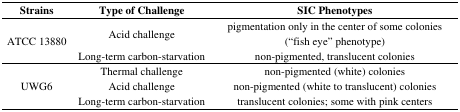
<table><thead><tr><td><b>Strains</b></td><td><b>Type of Challenge</b></td><td><b>SIC Phenotypes</b></td></tr></thead><tbody><tr><td rowspan="2">ATCC 13880</td><td>Acid challenge</td><td>pigmentation only in the center of some colonies (“fish eye” phenotype)</td></tr><tr><td>Long-term carbon-starvation</td><td>non-pigmented, translucent colonies</td></tr><tr><td rowspan="3">UWG6</td><td>Thermal challenge</td><td>non-pigmented (white) colonies</td></tr><tr><td>Acid challenge</td><td>non-pigmented (white to translucent) colonies</td></tr><tr><td>Long-term carbon-starvation</td><td>translucent colonies; some with pink centers</td></tr></tbody></table>